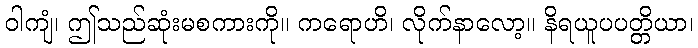
ဝါကျံ၊ ဤသည်ဆုံးမစကားကို။ ကရောဟိ၊ လိုက်နာလော့။ နိရယူပပတ္တိယာ၊